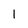
Character: 1